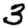
Digit: 3